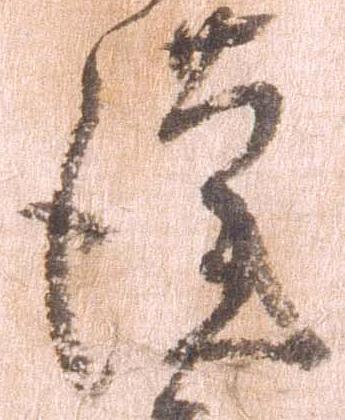
謹